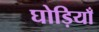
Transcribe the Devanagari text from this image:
घोड़ियाँ